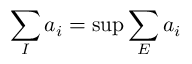
\sum _ { I } a _ { i } = \operatorname* { s u p } \sum _ { E } a _ { i }